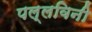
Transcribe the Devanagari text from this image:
पल्लविनी